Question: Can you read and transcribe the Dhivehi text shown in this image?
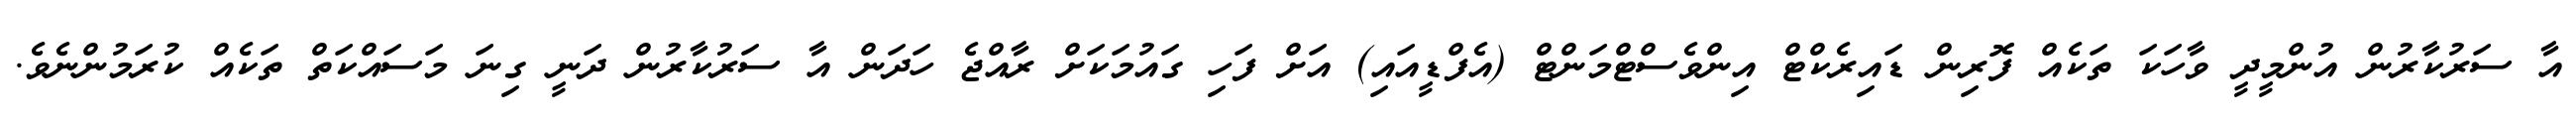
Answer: އާ ސަރުކާރުން އުންމީދީ ވާހަކަ ތަކެއް ފޮރިން ޑައިރެކްޓް އިންވެސްޓްމަންޓް (އެފްޑީއައި) އަށް ފަހި ގައުމަކަށް ރާއްޖެ ހަދަން އާ ސަރުކާރުން ދަނީ ގިނަ މަސައްކަތް ތަކެއް ކުރަމުންނެވެ.